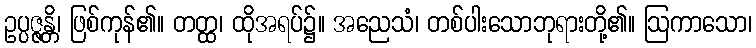
ဥပ္ပဇ္ဇန္တိ၊ ဖြစ်ကုန်၏။ တတ္ထ၊ ထိုအရပ်၌။ အညေသံ၊ တစ်ပါးသောဘုရားတို့၏။ ဩကာသော၊